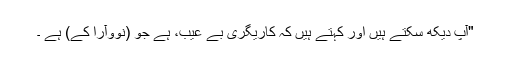
"آپ دیکھ سکتے ہیں اور کہتے ہیں کہ کاریگری بے عیب، ہے جو (نووآرا کے) ہے ۔